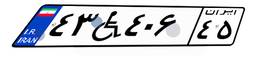
۴۳W۴۰۶۴۵